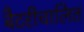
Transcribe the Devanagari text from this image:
बैटरीचालित